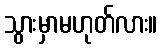
သွားမှာမဟုတ်လား။